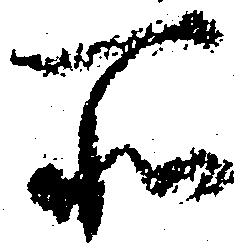
所